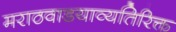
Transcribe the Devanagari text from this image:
मराठवाडयाव्यतिरिक्त